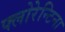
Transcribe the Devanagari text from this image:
फ्लोरेन्टिना